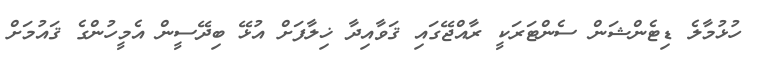
ހުޅުމާލެ ޑިޓެންޝަން ސެންޓަރަކީ ރާއްޖޭގައި ޤަވާއިދާ ޚިލާފަށް އުޅޭ ބިދޭސީން އެމީހުންގެ ޤައުމަށް